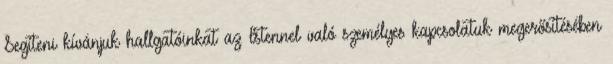
Segíteni kívánjuk hallgatóinkat az Istennel való személyes kapcsolatuk megerősítésében